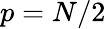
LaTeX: p=N/2